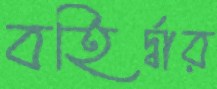
বহির্দ্বার